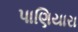
પાણિયારા